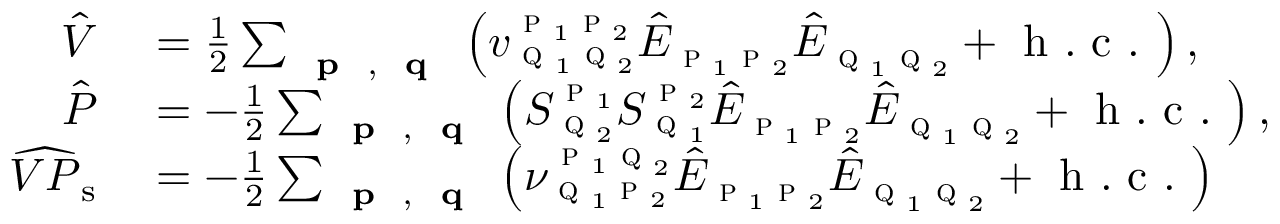
\begin{array} { r l } { \hat { V } } & { { } = \frac { 1 } { 2 } \sum _ { \textbf { \textsc { p } } , \textbf { \textsc { q } } } \left( v _ { \textsc { q } _ { 1 } \textsc { q } _ { 2 } } ^ { \textsc { p } _ { 1 } \textsc { p } _ { 2 } } \hat { E } _ { \textsc { p } _ { 1 } \textsc { p } _ { 2 } } \hat { E } _ { \textsc { q } _ { 1 } \textsc { q } _ { 2 } } + \mathrm { ~ h ~ . ~ c ~ . ~ } \right) , } \\ { \hat { P } } & { { } = - \frac { 1 } { 2 } \sum _ { \substack { \textbf { \textsc { p } } , \textbf { \textsc { q } } } } \left( S _ { \textsc { q } _ { 2 } } ^ { \textsc { p } _ { 1 } } S _ { \textsc { q } _ { 1 } } ^ { \textsc { p } _ { 2 } } \hat { E } _ { \textsc { p } _ { 1 } \textsc { p } _ { 2 } } \hat { E } _ { \textsc { q } _ { 1 } \textsc { q } _ { 2 } } + \mathrm { ~ h ~ . ~ c ~ . ~ } \right) , \, } \\ { \widehat { V P } _ { \mathrm { s } } } & { { } = - \frac { 1 } { 2 } \sum _ { \substack { \textbf { \textsc { p } } , \textbf { \textsc { q } } } } \left( \nu _ { \textsc { q } _ { 1 } \textsc { p } _ { 2 } } ^ { \textsc { p } _ { 1 } \textsc { q } _ { 2 } } \hat { E } _ { \textsc { p } _ { 1 } \textsc { p } _ { 2 } } \hat { E } _ { \textsc { q } _ { 1 } \textsc { q } _ { 2 } } + \mathrm { ~ h ~ . ~ c ~ . ~ } \right) } \end{array}